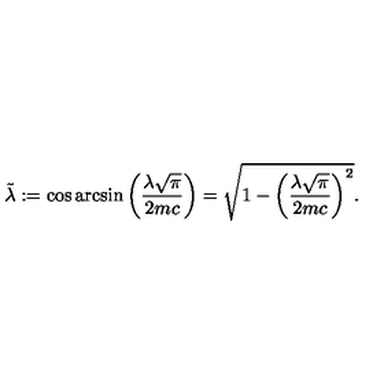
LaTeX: \tilde { \lambda } : = \cos \arcsin \left( \frac { \lambda \sqrt { \pi } } { 2 m c } \right) = \sqrt { 1 - \left( \frac { \lambda \sqrt { \pi } } { 2 m c } \right) ^ { 2 } } .